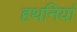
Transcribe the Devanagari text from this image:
हथनियां